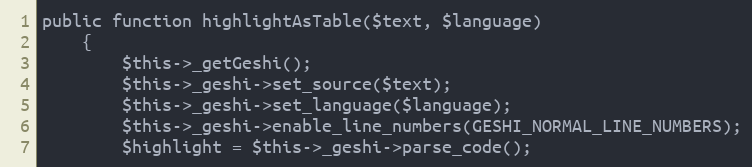
Language: PHP
public function highlightAsTable($text, $language)
    {
        $this->_getGeshi();
        $this->_geshi->set_source($text);
        $this->_geshi->set_language($language);
        $this->_geshi->enable_line_numbers(GESHI_NORMAL_LINE_NUMBERS);
        $highlight = $this->_geshi->parse_code();